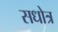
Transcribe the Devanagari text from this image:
सधोत्र